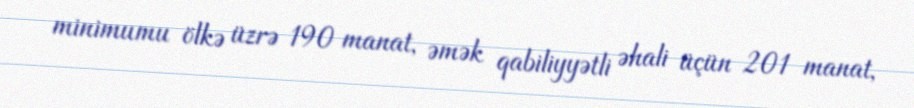
minimumu ölkə üzrə 190 manat, əmək qabiliyyətli əhali üçün 201 manat,